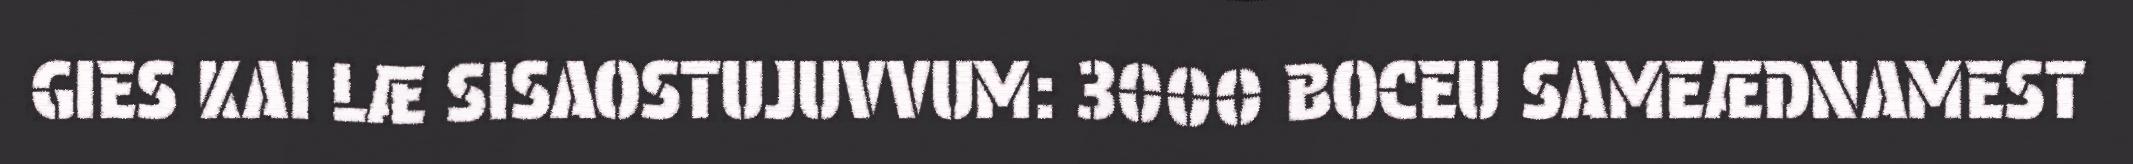
GIES KAI LÆ SISAOSTUJUVVUM: 3000 BOCEU SAMEÆDNAMEST